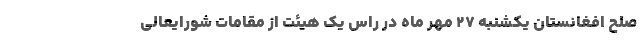
صلح افغانستان یکشنبه ٢٧ مهر ماه در راس یک هیئت از مقامات شورایعالی